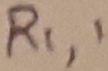
Text: R1,1